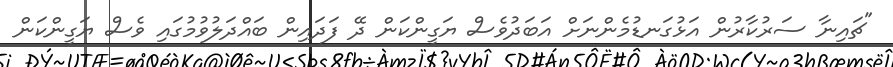
"ޗައިނާ ސަރުކާރުން އަޅުގަނޑުމެންނަށް އަބަދުވެސް ޔަގީންކަން ދޭ ފަދައިން ބައްދަލުވުމުގައި ވެސް ޔަގީންކަން